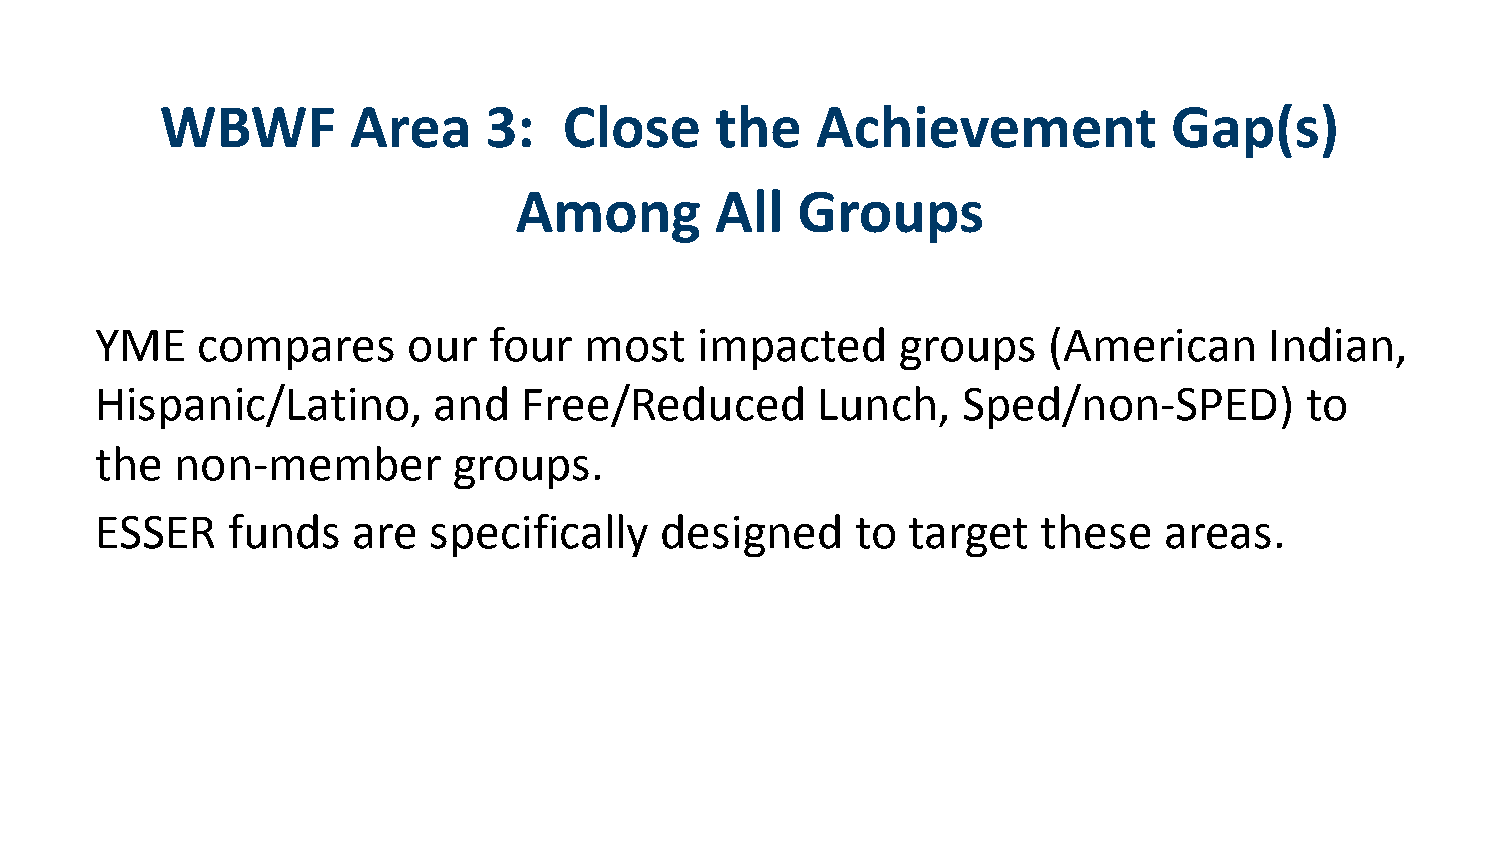
WBWF        Area     3:   Close     the    Achievement             Gap(s)
 Among        All   Groups
 YME    compares      our  four   most   impacted     groups    (American      Indian,
 Hispanic/Latino,       and   Free/Reduced       Lunch,    Sped/non-SPED)        to
 the   non-member        groups.
 ESSER    funds   are  specifically    designed     to target   these   areas.